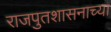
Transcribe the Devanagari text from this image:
राजपुतशासनाच्या